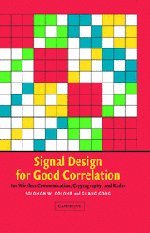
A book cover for Signal Design for Good Correlation: For Wireless Communication, Cryptography, and Radar; Solomon W. Golomb; Computers & Technology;